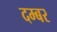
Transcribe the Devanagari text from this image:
दम्बर